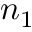
n _ { 1 }